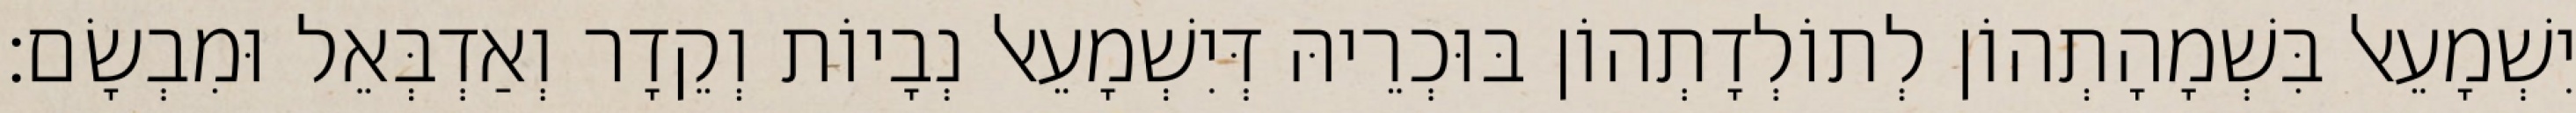
יִשְׁמָעֵאל בִּשְׁמָהָתְהוֹן לְתוֹלְדָתְהוֹן בּוּכְרֵיהּ דְּיִשְׁמָעֵאל נְבָיוֹת וְקֵדָר וְאַדְבְּאֵל וּמִבְשָׂם׃